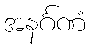
အနင်္ဂဏံ